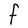
Character: F